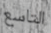
التاسع